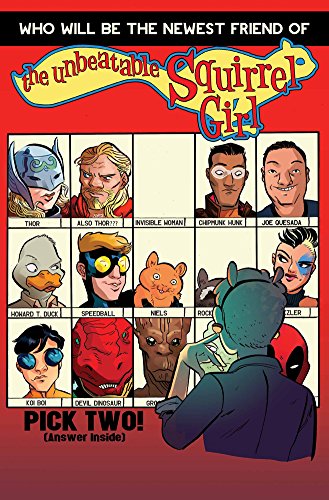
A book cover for The Unbeatable Squirrel Girl Vol. 2: Squirrel You Know It's True; Marvel Comics; Children's Books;